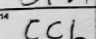
Transcription: CCL